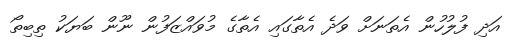
އަދި ފުލުހުން އެތަނަށް ވަދެ އެތާގައި އެތާގެ މުވައްޒަފުން ނޫން ބަޔަކު ތިބިތޯ